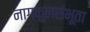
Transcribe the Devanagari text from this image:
नागकुलसंभूता